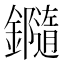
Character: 𨯝